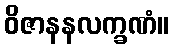
ဝိဇာနနလက္ခဏံ။